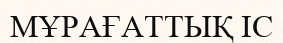
МҰРАҒАТТЫҚ ІС